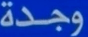
وجدة